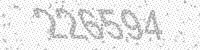
Solution: 226594